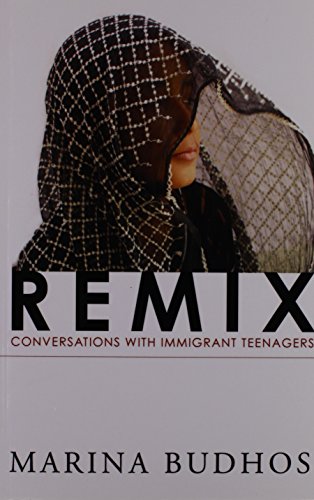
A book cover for Remix: Conversations with Immigrant Teenagers; Marina Budhos; Teen & Young Adult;